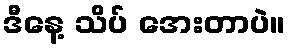
ဒီနေ့ သိပ် အေးတာပဲ။